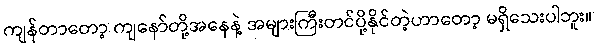
ကျန်တာတော့ ကျနော်တို့အနေနဲ့ အများကြီးတင်ပို့နိုင်တဲ့ဟာတော့ မရှိသေးပါဘူး။